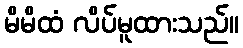
မိမိထံ လိပ်မူထားသည်။